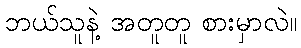
ဘယ်သူနဲ့ အတူတူ စားမှာလဲ။